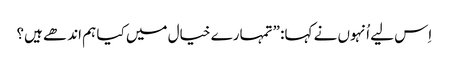
‏ اِس لیے اُنہوں نے کہا:‏ ”‏تمہارے خیال میں کیا ہم اندھے ہیں؟